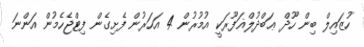
ހުޒައިލް ބިން ހޫދް ޢަބްދުލްޣަފޫރަކީ އުމުރުން 4 އަހަރުން ފެށިގެން ފިޓްޖެހެމުން އަންނަ